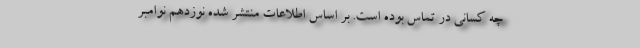
چه کسانی در تماس بوده است. بر اساس اطلاعات منتشر شده نوزدهم نوامبر